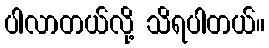
ပါလာတယ်လို့ သိရပါတယ်။